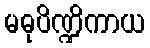
မဓုပိဏ္ဍိကာယ